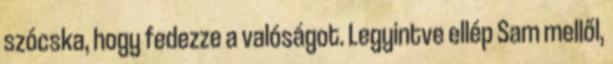
szócska, hogy fedezze a valóságot. Legyintve ellép Sam mellől,